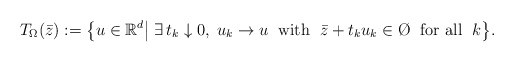
\begin{align*}T_\Omega(\bar z):=\big\{u\in\mathbb R^d\big|\;\exists\,t_k\downarrow 0,\;u_k\to u\;\mbox{ with }\;\bar z+t_k u_k\in\O\;\mbox{ for all }\;k\big\}.\end{align*}